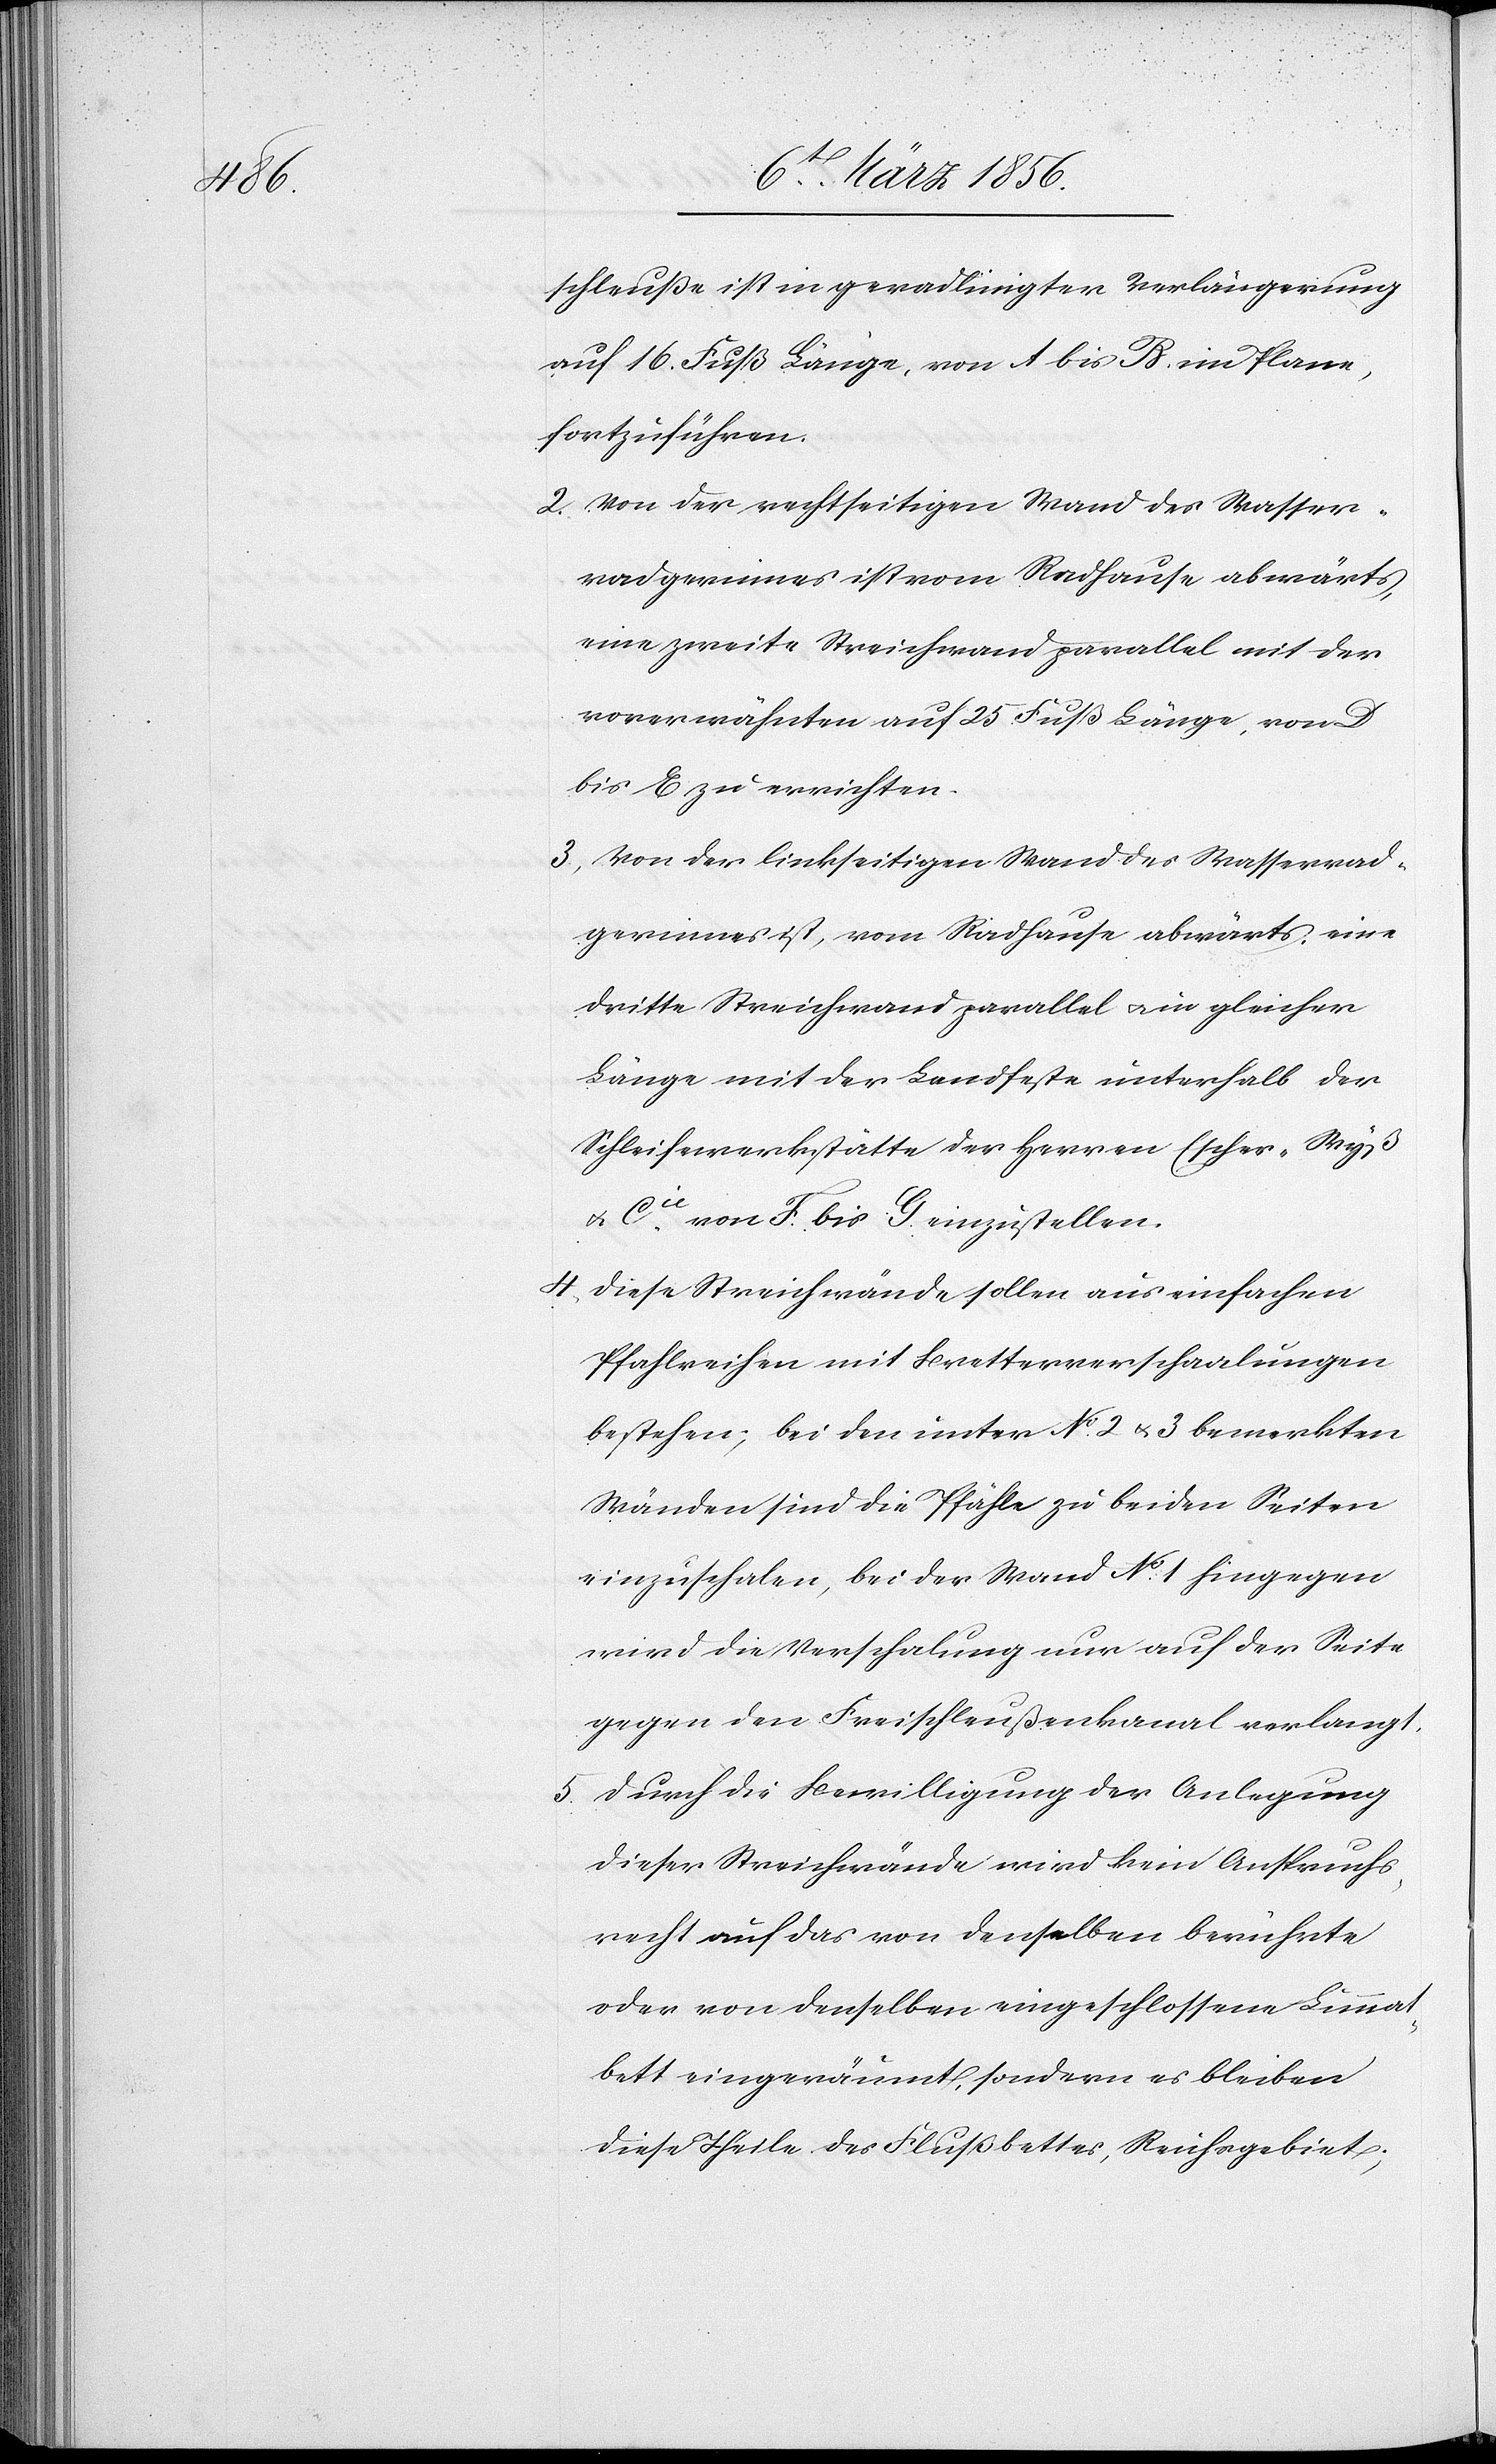
schleuße ist in geradlinigter Verlängerung
auf 16. Fuß Länge, von A bis B. im Plane,
fortzuführen.
2. Von der rechtseitigen Wand des Wasser¬
radgerinnes ist vom Radhause abwärts,
eine zweite Streichwand parallel mit der
vorerwähnten auf 25 Fuß Länge, von D
bis E zu errichten.
3., Von der linksseitigen Wand des Wasserrad¬
gerinnes ist, vom Radhause abwärts, eine
dritte Streichwand parallel u. in gleicher
Länge mit der Landfeste unterhalb der
Schleifewerkstätte der Herren Escher-Wyß
u. Cie von F. bis G. einzustellen.
4., Diese Streichwände sollen aus einfachen
Pfahlreihen mit Bretterverschaalungen
bestehen; bei den unter No. 2 u. 3 bemerkten
Wänden sind die Pfähle zu beiden Seiten
einzuschalen, bei der Wand No. 1 hingegen
wird die Verschalung nur auf der Seite
gegen den Freischleußenkanal verlangt.
5. Durch die Bewilligung der Anlegung
dieser Streichwände wird kein Anspruchs¬
recht auf das von denselben berührte
oder von denselben eingeschlossene Limmat¬
bett eingeräumt, sondern es bleiben
diese Theile des Flußbettes, Reichsgebiet;